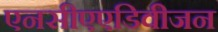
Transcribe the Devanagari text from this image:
एनसीएएडिवीजन